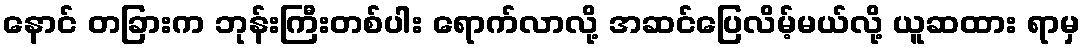
နောင် တခြားက ဘုန်းကြီးတစ်ပါး ရောက်လာလို့ အဆင်ပြေလိမ့်မယ်လို့ ယူဆထား ရာမှ